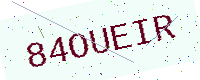
Text: 84OUEIR